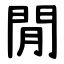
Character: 閒